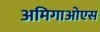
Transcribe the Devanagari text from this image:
अमिगाओएस